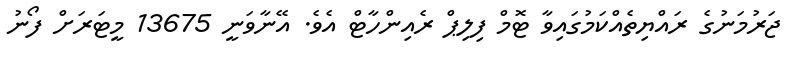
ޖަރުމަނުގެ ރައްޔިތެއްކަމުގައިވާ ޓޮމް ފިލިޕް ރެއިންހާޓް އެވެ. އޭނާވަނީ 13675 މީޓަރަށް ފޯނު